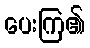
ပေးကြ၏